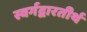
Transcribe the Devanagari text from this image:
स्वर्गद्वारतीर्थ